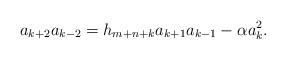
LaTeX: \begin{align*}a_{k+2}a_{k-2}=h_{m+n+k}a_{k+1}a_{k-1}-\alpha a_k^2.\end{align*}